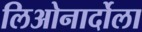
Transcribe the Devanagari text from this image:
लिओनार्दोला